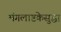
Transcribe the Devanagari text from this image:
मंगलाष्टकेसुद्धा